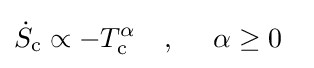
{\dot {S}}_{\text{c}}\propto -T_{\text{c}}^{\alpha }~~~,~~~~\alpha \geq 0~~